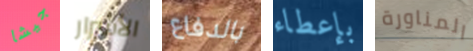
جيشا الأشرار بالدفاع بإعطاء المناورة